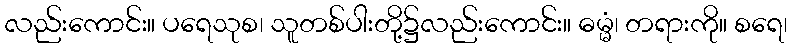
လည်းကောင်း။ ပရေသုစ၊ သူတစ်ပါးတို့၌လည်းကောင်း။ ဓမ္မံ၊ တရားကို။ စရေ၊